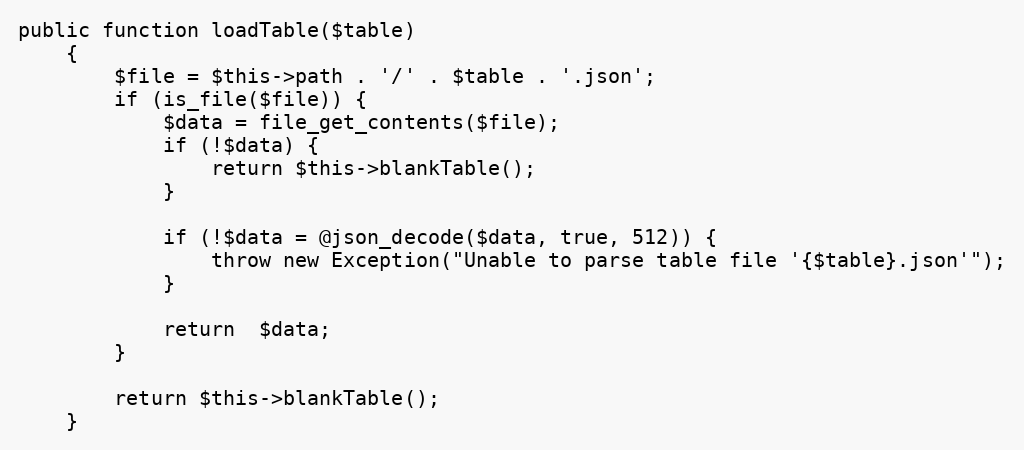
Language: PHP
public function loadTable($table)
    {
        $file = $this->path . '/' . $table . '.json';
        if (is_file($file)) {
            $data = file_get_contents($file);
            if (!$data) {
                return $this->blankTable();
            }

            if (!$data = @json_decode($data, true, 512)) {
                throw new Exception("Unable to parse table file '{$table}.json'");
            }

            return  $data;
        }

        return $this->blankTable();
    }